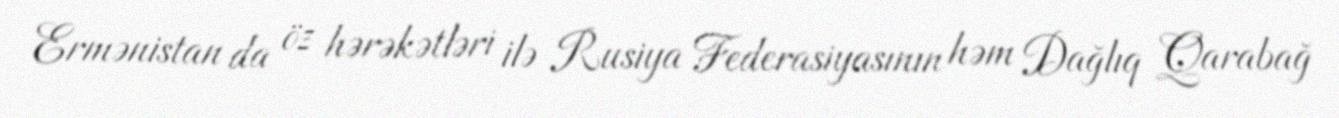
Ermənistan da öz hərəkətləri ilə Rusiya Federasiyasının həm Dağlıq Qarabağ